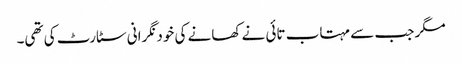
مگر جب سے مہتاب تائی نے کھانے کی خود نگرانی سٹارٹ کی تھی۔